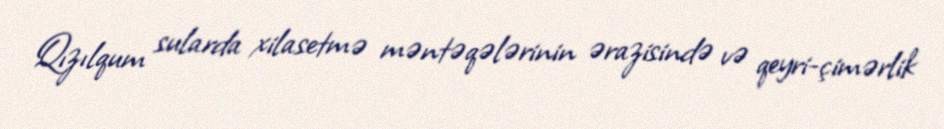
Qızılqum sularda xilasetmə məntəqələrinin ərazisində və qeyri-çimərlik